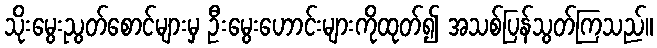
သိုးမွေးညွတ်စောင်များမှ ဦးမွေးဟောင်းများကိုထုတ်၍ အသစ်ပြန်သွတ်ကြသည်။